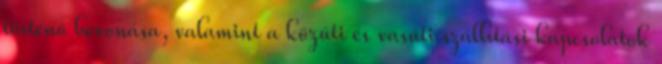
történő bevonása, valamint a közúti és vasúti szállítási kapcsolatok